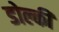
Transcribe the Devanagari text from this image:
डोल्की